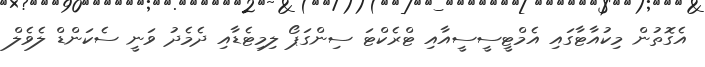
އެގޮތުން މިކުއާޓާގައި އެމްޓީސީސީއާއި ޓްރެކްޓަ ސިންގަޕޯ ލިމިޓެޑާއި ދެމެދު ވަނީ ސެކަންޑް ލެވެލް